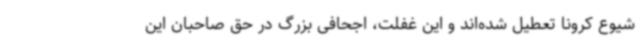
شیوع کرونا تعطیل شده‌اند و این غفلت، اجحافی بزرگ در حق صاحبان این